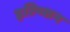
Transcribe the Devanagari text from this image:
इल्य्शिन